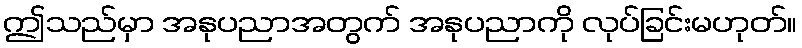
ဤသည်မှာ အနုပညာအတွက် အနုပညာကို လုပ်ခြင်းမဟုတ်။